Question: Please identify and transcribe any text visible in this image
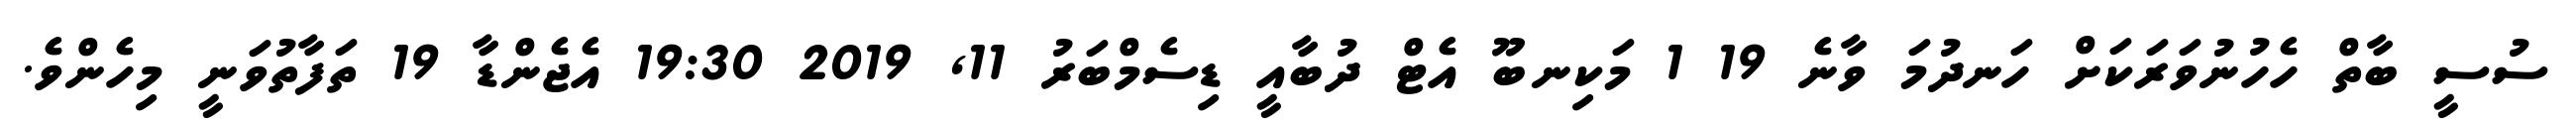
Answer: ސުސީ ބާތް ހެހުނުވަރަކަށް ހަނދުމަ ވާނެ 19 1 މަކިނބޫ އެޓް ދުބާއީ ޑިސެމްބަރު 11, 2019 19:30 އެޖެންޑާ 19 ތަފާތުވަނީ މިހެންވެ.